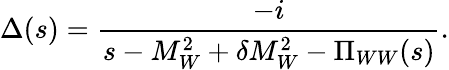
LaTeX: \Delta(s)={\frac{-i}{s-M_{W}^{2}+\delta M_{W}^{2}-\Pi_{WW}(s)}}.